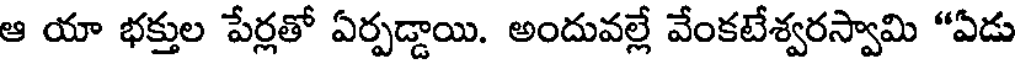
ఆ యా భక్తుల పేర్లతో ఏర్పడ్డాయి. అందువల్లే వేంకటేశ్వరస్వామి "ఏడు